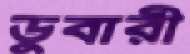
ডুবারী